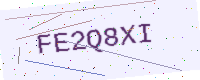
Text: FE2Q8XI